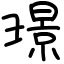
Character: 璟